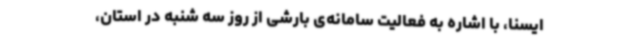
ایسنا، با اشاره به فعالیت سامانه‌ی بارشی از روز سه شنبه در استان،